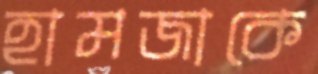
হামজাকে